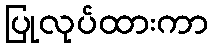
ပြုလုပ်ထားကာ